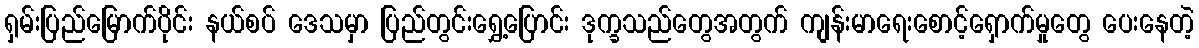
ရှမ်းပြည်မြောက်ပိုင်း နယ်စပ် ဒေသမှာ ပြည်တွင်းရွှေ့ပြောင်း ဒုက္ခသည်တွေအတွက် ကျန်းမာရေးစောင့်ရှောက်မှုတွေ ပေးနေတဲ့